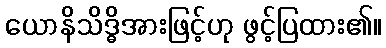
ယောနိသိဒ္ဓိအားဖြင့်ဟု ဖွင့်ပြထား၏။